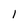
Character: l